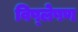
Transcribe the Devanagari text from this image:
विष्‍लेषण